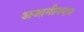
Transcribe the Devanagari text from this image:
अजामीनपात्र